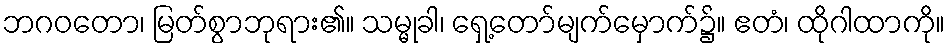
ဘဂဝတော၊ မြတ်စွာဘုရား၏။ သမ္မုခါ၊ ရှေ့တော်မျက်မှောက်၌။ ဧတံ၊ ထိုဂါထာကို။